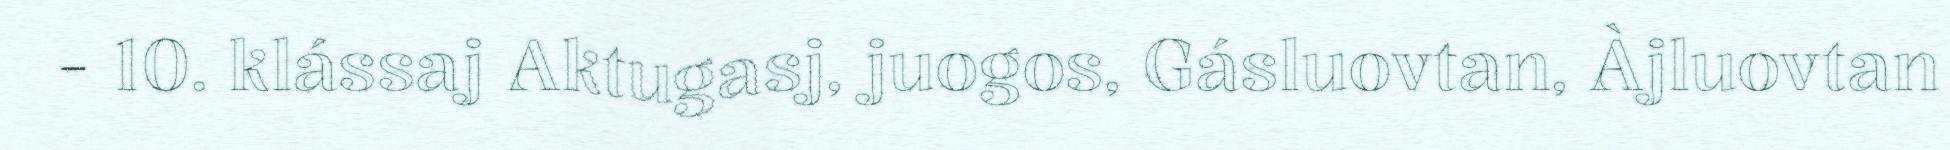
- 10. klássaj Aktugasj, juogos, Gásluovtan, Àjluovtan